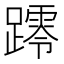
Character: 𨆖